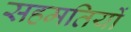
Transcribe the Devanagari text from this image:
सहमतियों